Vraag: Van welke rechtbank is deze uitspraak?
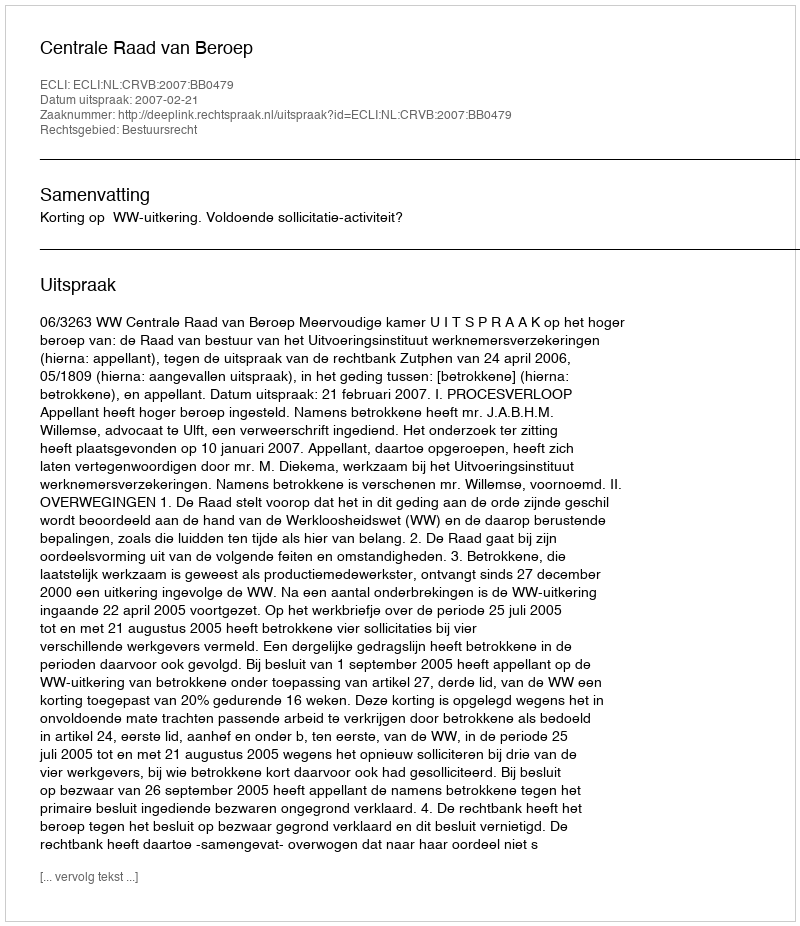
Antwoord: Centrale Raad van Beroep